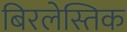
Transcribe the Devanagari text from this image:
बिरलेस्तिक